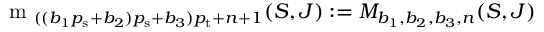
\begin{array} { r } { \textrm { m } _ { ( ( b _ { 1 } { p _ { \mathrm { s } } } + b _ { 2 } ) { p _ { \mathrm { s } } } + b _ { 3 } ) { p _ { \mathrm { t } } } + n + 1 } ( S , J ) : = M _ { b _ { 1 } , b _ { 2 } , b _ { 3 } , n } ( S , J ) } \end{array}